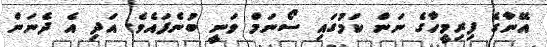
އޭނާގެ ފިރިމީހާގެ ނަން ކަމުގައި ސޯނަމް ވަނީ ބުނެފައެވެ. އަދި އެ ދެނަން